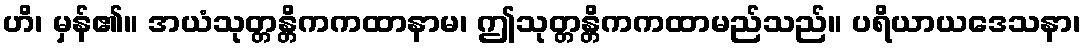
ဟိ၊ မှန်၏။ အယံသုတ္တန္တိကကထာနာမ၊ ဤသုတ္တန္တိကကထာမည်သည်။ ပရိယာယဒေသနာ၊